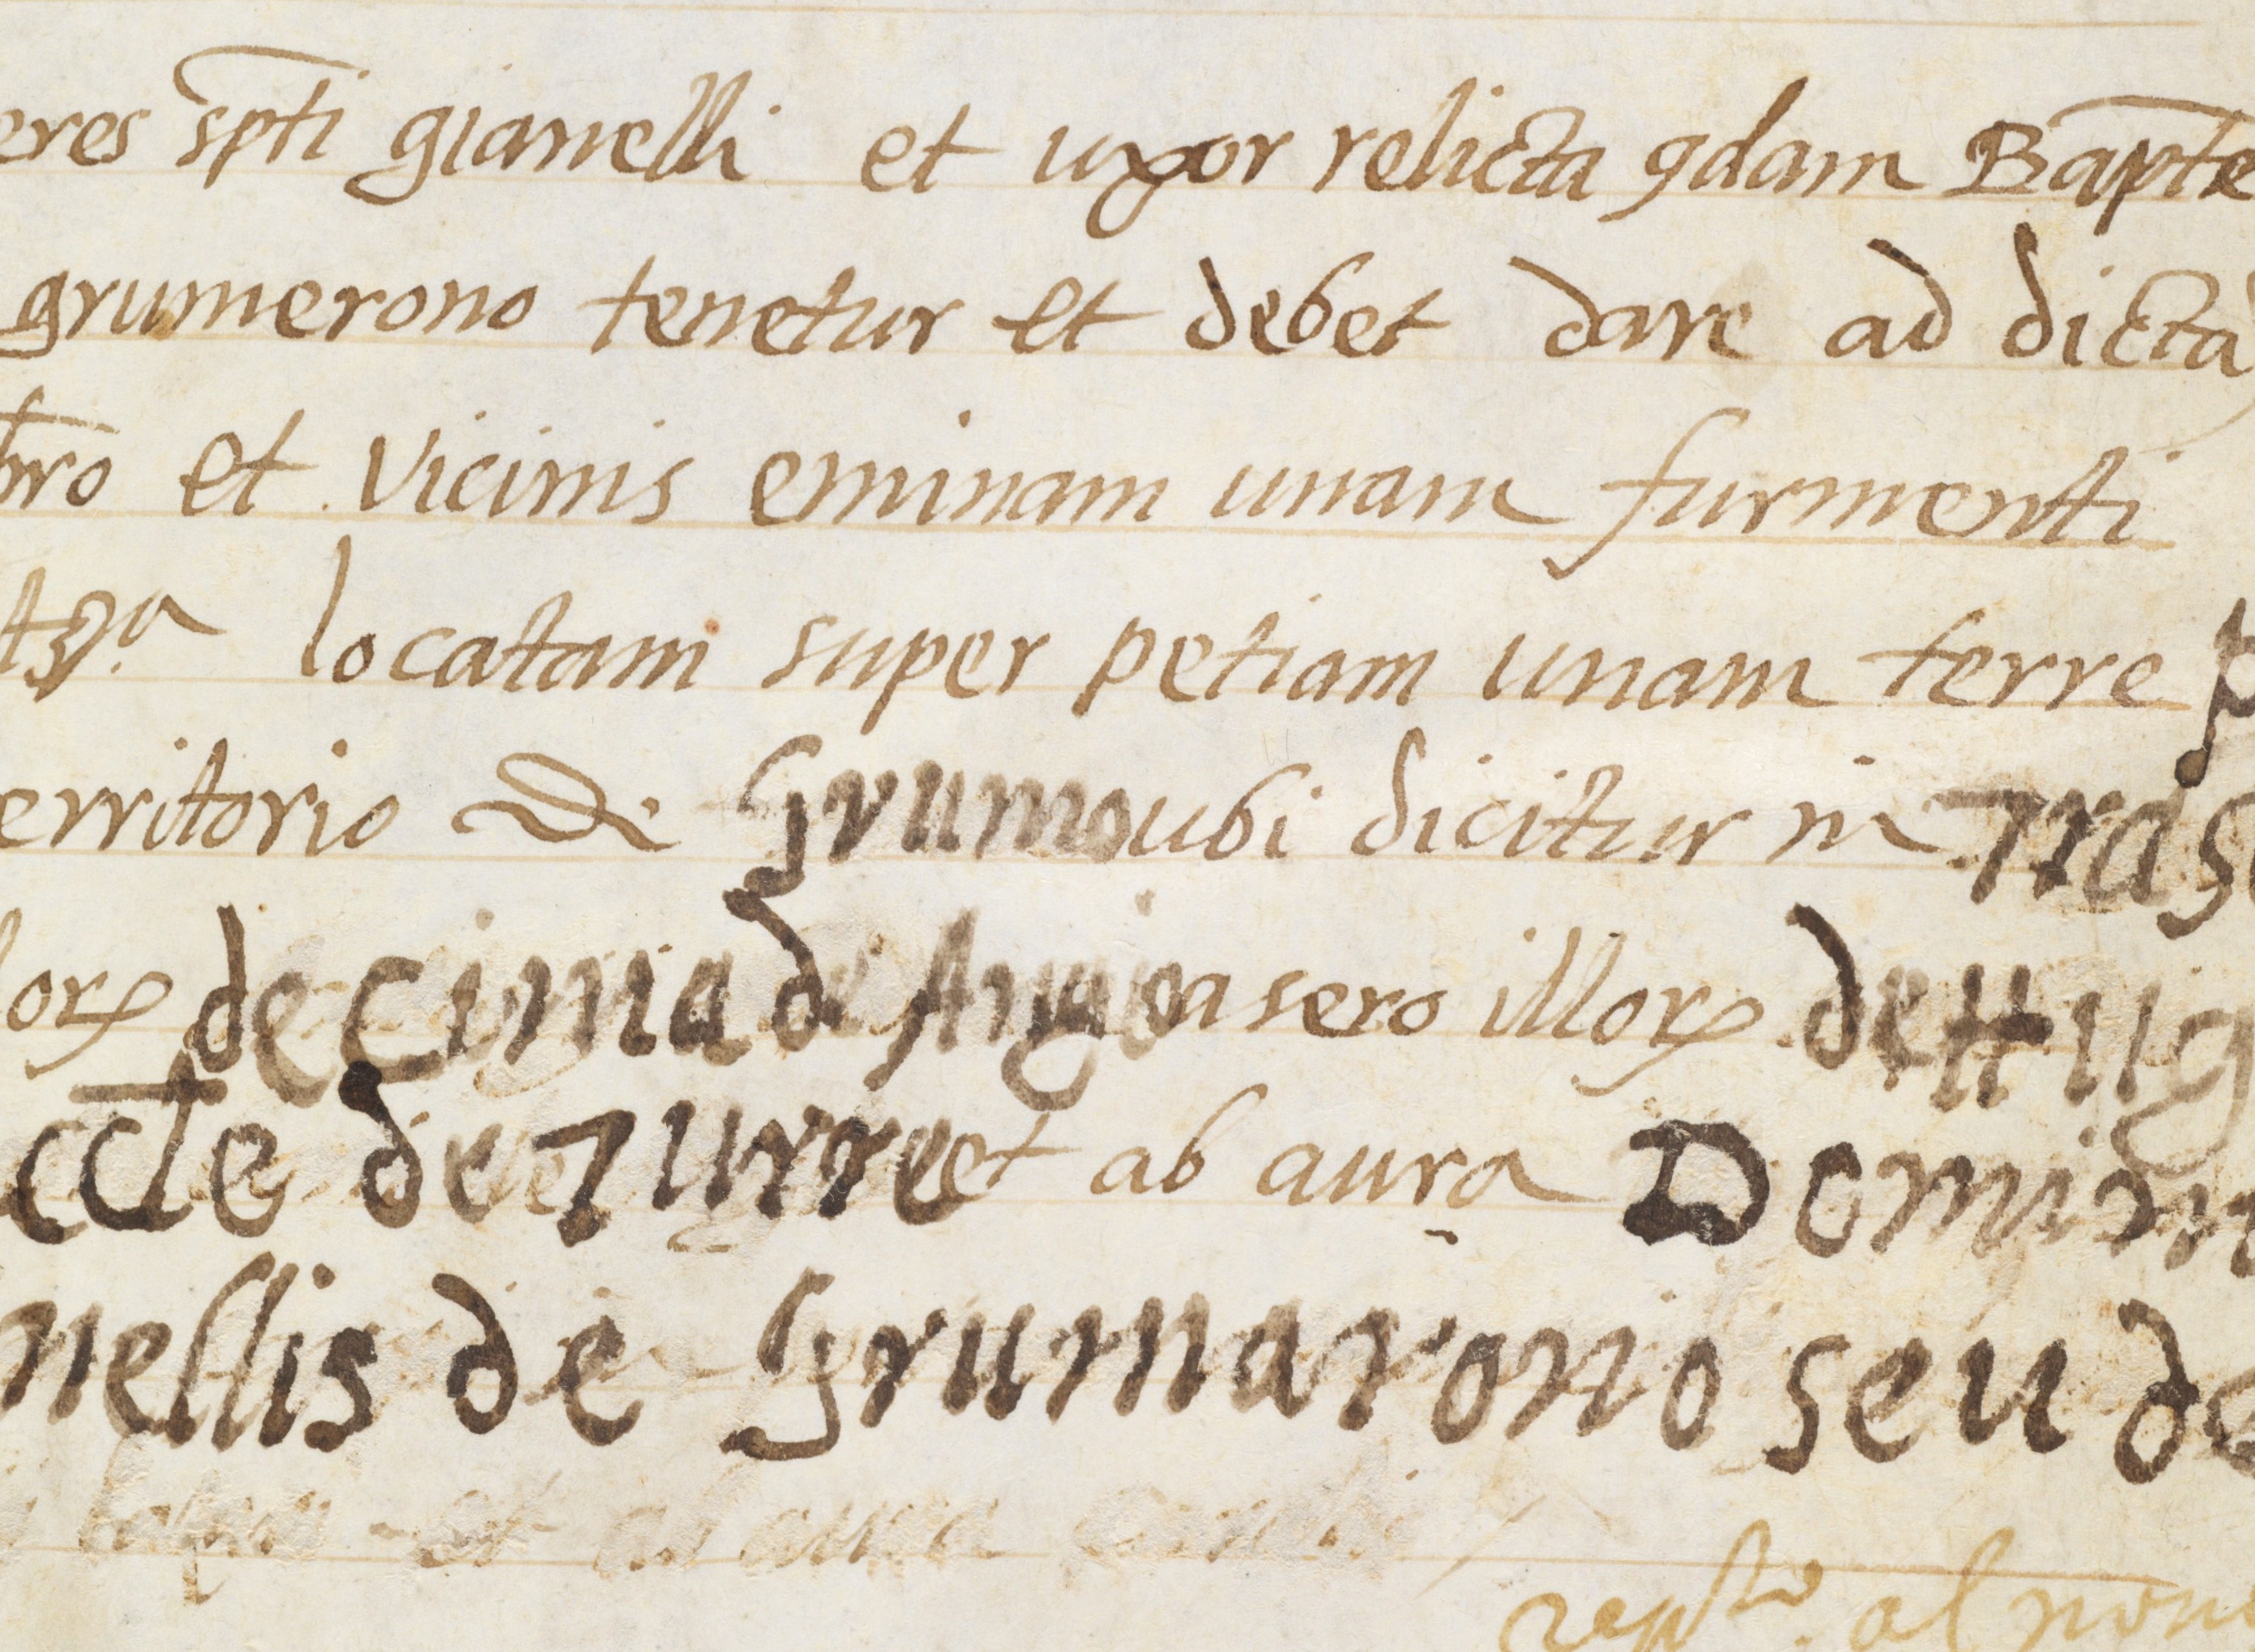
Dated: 1568–1593